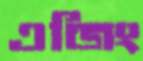
এজিং